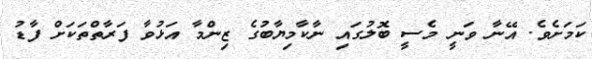
ކަމަށެވެ. އޭނާ ވަނީ މެސީ ބޮލުގައި ނާކާމިޔާބުގެ ޒިންމާ އަޅުވާ ފަރާތްތަކަށް ފާޑު